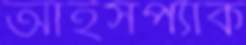
আইসপ্যাক